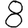
Digit: 8